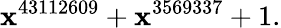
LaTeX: \mathbf{x}^{43112609}+\mathbf{x}^{3569337}+1.